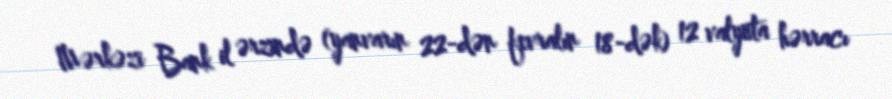
Mərkəzi Bank il ərzində (yanvarın 22-dən fevralın 18-dək) 12 valyuta hərracı